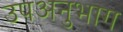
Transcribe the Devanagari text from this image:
उपअनुभाग